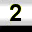
Digit: 2